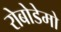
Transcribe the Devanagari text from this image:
रोबोडेमो